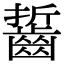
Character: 𪘔